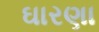
ઘારણા